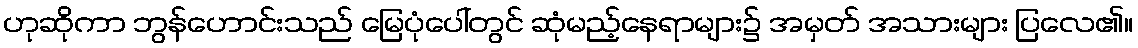
ဟုဆိုကာ ဘွန်ဟောင်းသည် မြေပုံပေါ်တွင် ဆုံမည့်နေရာများ၌ အမှတ် အသားများ ပြလေ၏။